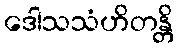
ဒေါသသံဟိတန္တိ